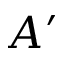
A ^ { \prime }